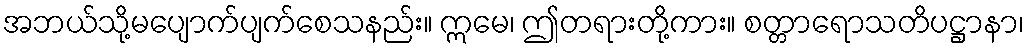
အဘယ်သို့မပျောက်ပျက်စေသနည်း။ ဣမေ၊ ဤတရားတို့ကား။ စတ္တာရောသတိပဋ္ဌာနာ၊